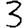
Digit: 3